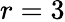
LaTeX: r=3